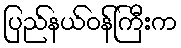
ပြည်နယ်ဝန်ကြီးက